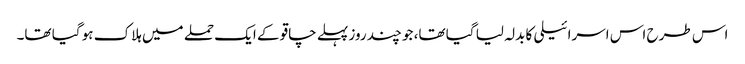
اس طرح اس اسرائیلی کا بدلہ لیا گیا تھا، جو چند روز پہلے چاقو کے ایک حملے میں ہلاک ہو گیا تھا۔